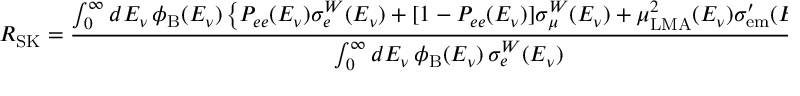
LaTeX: R _ { \mathrm { S K } } = \frac { \int _ { 0 } ^ { \infty } d E _ { \nu } \, \phi _ { \mathrm { B } } ( E _ { \nu } ) \left\{ P _ { e e } ( E _ { \nu } ) \sigma _ { e } ^ { W } ( E _ { \nu } ) + [ 1 - P _ { e e } ( E _ { \nu } ) ] \sigma _ { \mu } ^ { W } ( E _ { \nu } ) + \mu _ { \mathrm { L M A } } ^ { 2 } ( E _ { \nu } ) \sigma _ { \mathrm { e m } } ^ { \prime } ( E _ { \nu } ) \right\} } { \int _ { 0 } ^ { \infty } d E _ { \nu } \, \phi _ { \mathrm { B } } ( E _ { \nu } ) \, \sigma _ { e } ^ { W } ( E _ { \nu } ) } \, ,